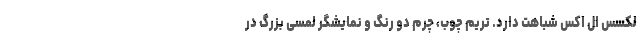
لکسس ال اکس شباهت دارد. تریم چوب، چرم دو رنگ و نمایشگر لمسی بزرگ در